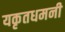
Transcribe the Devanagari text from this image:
यकृतधमनी